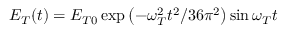
E _ { T } ( t ) = E _ { T 0 } \exp \left( - \omega _ { T } ^ { 2 } t ^ { 2 } / 3 6 \pi ^ { 2 } \right) \sin \omega _ { T } t